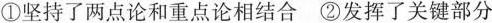
①坚持了两点论和重点论相结合 ②发挥了关键部分